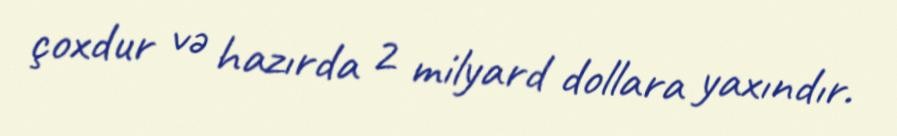
çoxdur və hazırda 2 milyard dollara yaxındır.